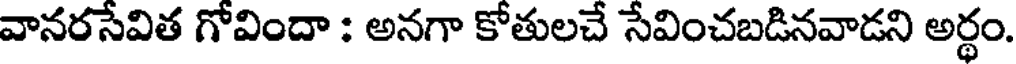
వానరసేవిత గోవిందా : అనగా కోతులచే సేవించబడినవాడని అర్థం.